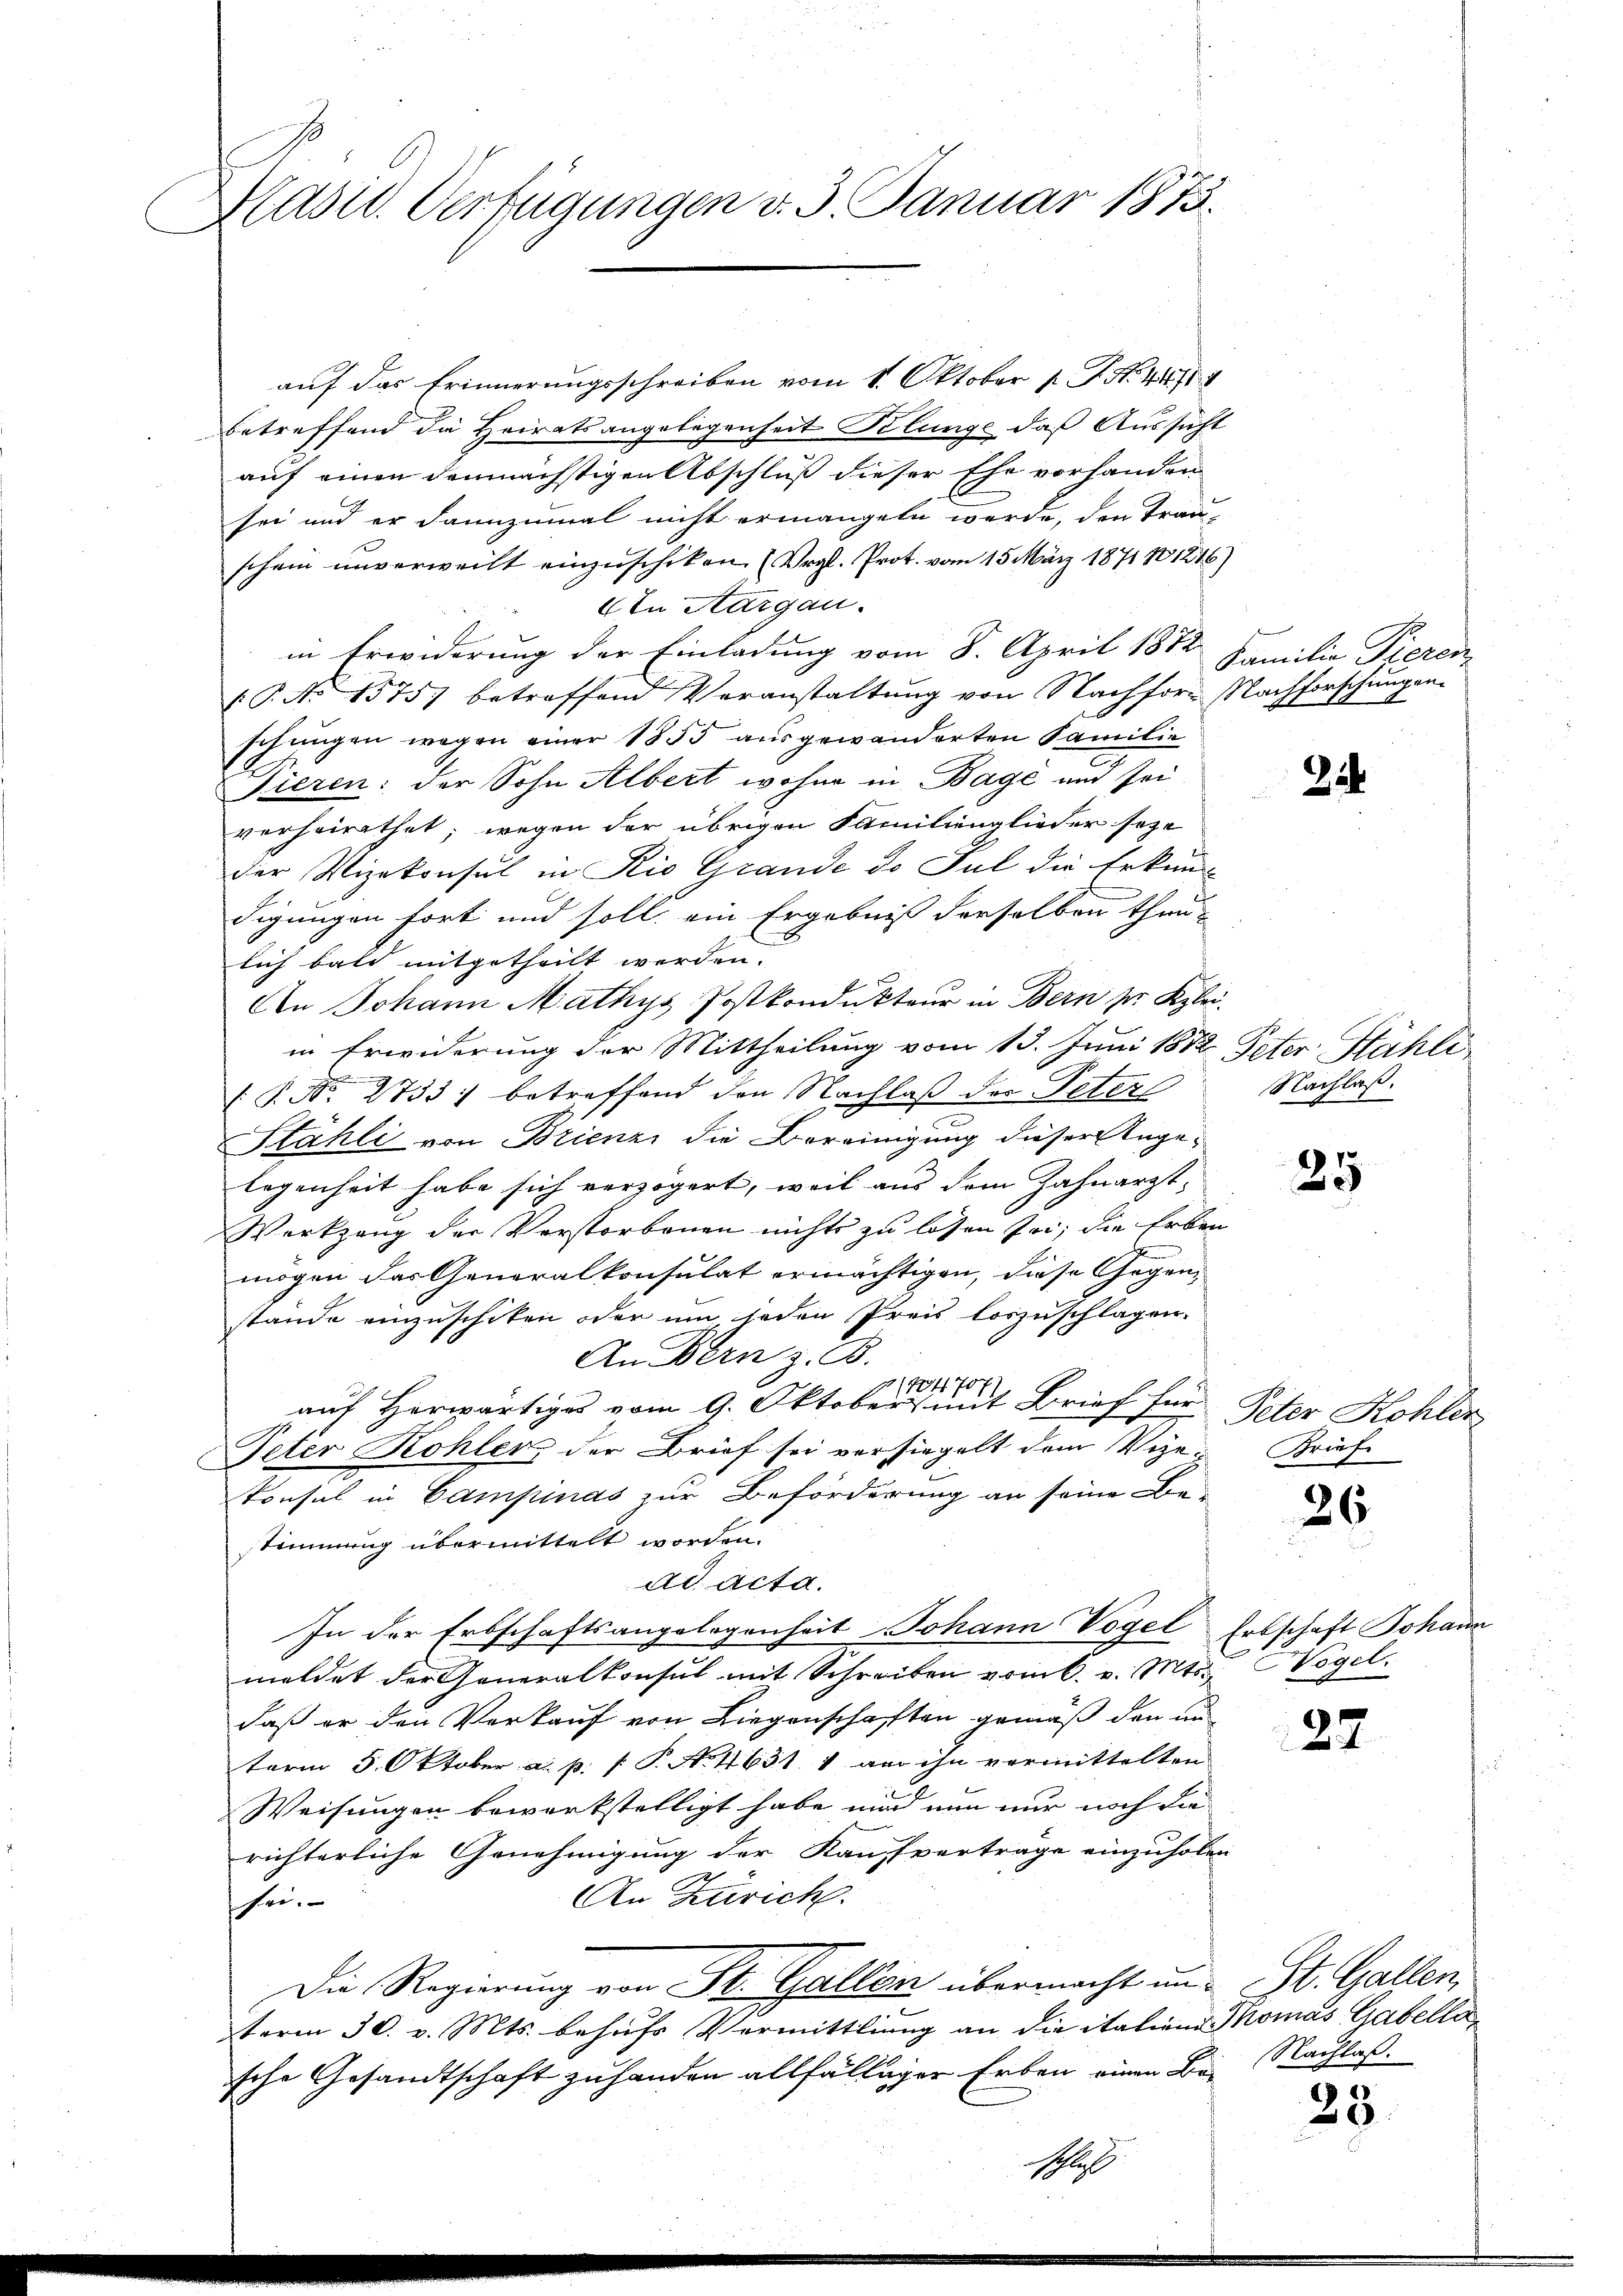
Hadu. Verfügungen v. 3. Januar 1873.

auf das Erinnerungsschreiben vom 1. Oktober 1. P. N. 448./11
betreffend die Heiratsangelegenheit Pilunge, daß Aussicht
auf einen demnächstigen Abschluß dieser Ehe vorhanden
sei und er dannzumal nicht ermangeln werde, den Trau-
schein unverweilt einzuschiken. (Vergl. Prot. vom 15. März 1871 801246)
AIn Aargau.
in Erwiderung der Einladung vom 8. April 1872
V. P. No 1575) betreffend Veranstaltung von Nachfors Nachforschungen.
schungen wegen einer 1855 ausgewanderten Familie
s
Tieren: der Sohn Albert wohne in Bagé und sei
verheirathet, wegen der übrigen Familienglieder seze
der Vizekonsul in Rio Grande d. Jul die Erkundigungen fort und soll ein Ergebniß derselben thun
lich bald mitgetheilt werden.
An Johann Mathys Postkondukteur in Bern pr. Kleiin Erwiderung der Mittheilung vom 13. Juni 1872 Peter Hähli
 P. Nr. 2733) betreffend den Nachlaß der Peter
Stähli von Brienzi die Bereinigung dieser Angelegenheit habe sich verzögert, weil aus dem Zahnarzt,
Werkzang der Verstorbenen nichts zu lösen sei; die Erben
.
mögen das Generalkonsulat ermächtigen, diese Gegen-
stände einzuschiken oder um jeden Preis loszuschlagen.
An Bern z. B.
707.
1704
auf Herwärtiges vom 9. Oktober mit Brief für Peter Kohler
Peter Kohler der Brief sei versiegelt dem Vize-
konsul in Campinas zur Beförderung an seine Be-
stimmung übermittelt worden.
ad acta.
In der Erbschaftsangelegenheit Johann Vogel Erbschaft Johann
meldet der Generalkonsul mit Schreiben vom 6. v. Mts. Högel
daß er den Verkauf von Liegenschafften gemäß den un
term 5. Oktober a. p. f. P. No. 4631 1 an ihn vormittelten
Weisungen bewerkstelligt habe wird nun nur noch die
richterliche Genehmigung der Kaufverträge einzuholen
x
An Zürich.
sei.
Die Regierung von St. Gallen übermacht und St. Gallen,
term 30. v. Mts. behufs Vermittlung an die italien Thomas Gabellasche Gesandtschaft zuhanden allfälliger Erben einen Bei Nachlaß¬

schluß

Familie Pieren
t

24

Nachlaß.

25

Brief

26

22

28.